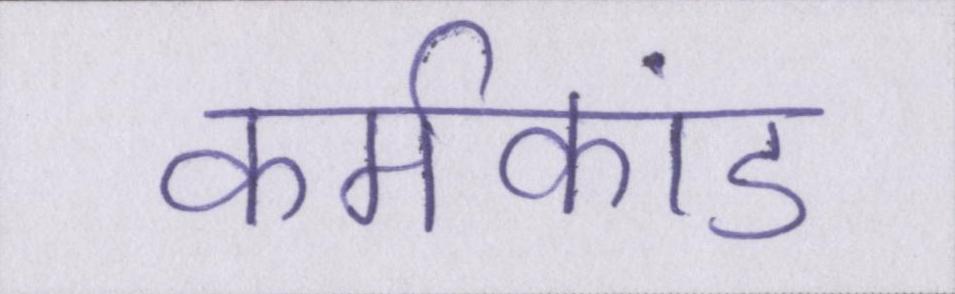
कर्मकांड